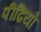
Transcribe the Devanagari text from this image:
पीढियो